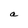
Character: a